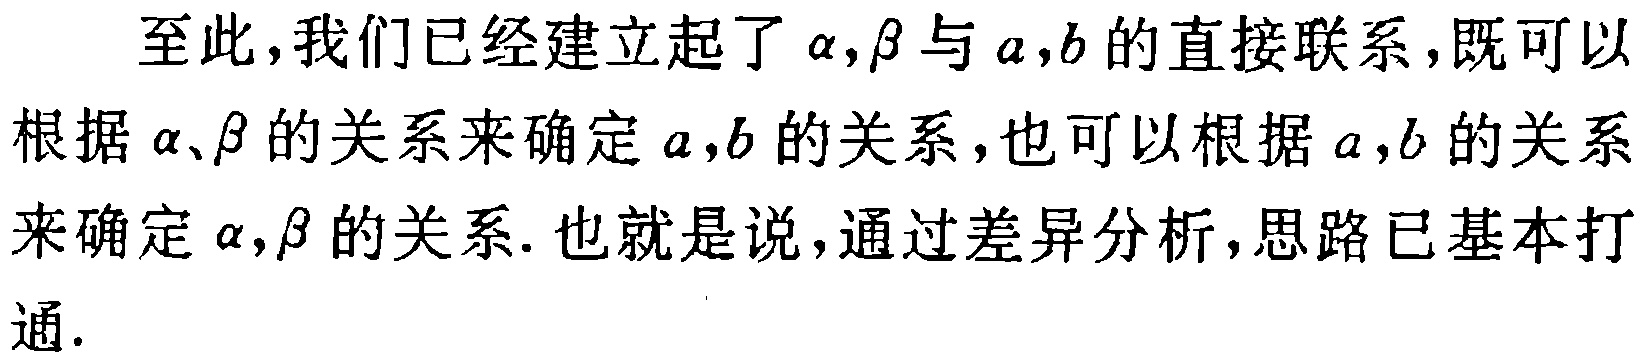
至此，我们已经建立起了\(\alpha,\beta\)与\(a,b\)的直接联系，既可以根据\(\alpha、\beta\)的关系来确定\(a,b\)的关系，也可以根据\(a,b\)的关系来确定\(\alpha,\beta\)的关系. 也就是说，通过差异分析，思路已基本打通.